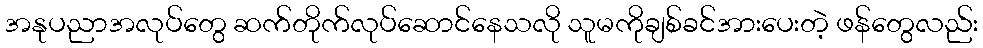
အနုပညာအလုပ်တွေ ဆက်တိုက်လုပ်ဆောင်နေသလို သူမကိုချစ်ခင်အားပေးတဲ့ ဖန်တွေလည်း